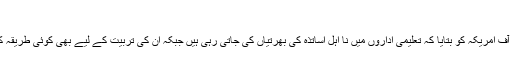
‘‘
انھوں نے وائس آف امریکہ کو بتایا کہ تعلیمی اداروں میں نا اہل اساتذہ کی بھرتیاں کی جاتی رہی ہیں جبکہ ان کی تربیت کے لیے بھی کوئی طریقہ کار موجود نہیں۔